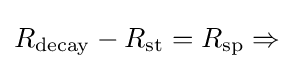
R_{\rm {decay}}-R_{\rm {st}}=R_{\rm {sp}}\Rightarrow